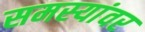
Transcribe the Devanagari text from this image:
समस्‍यांवर